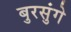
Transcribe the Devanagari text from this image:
बुरसुंगे